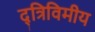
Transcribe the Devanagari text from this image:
द्त्रिविमीय